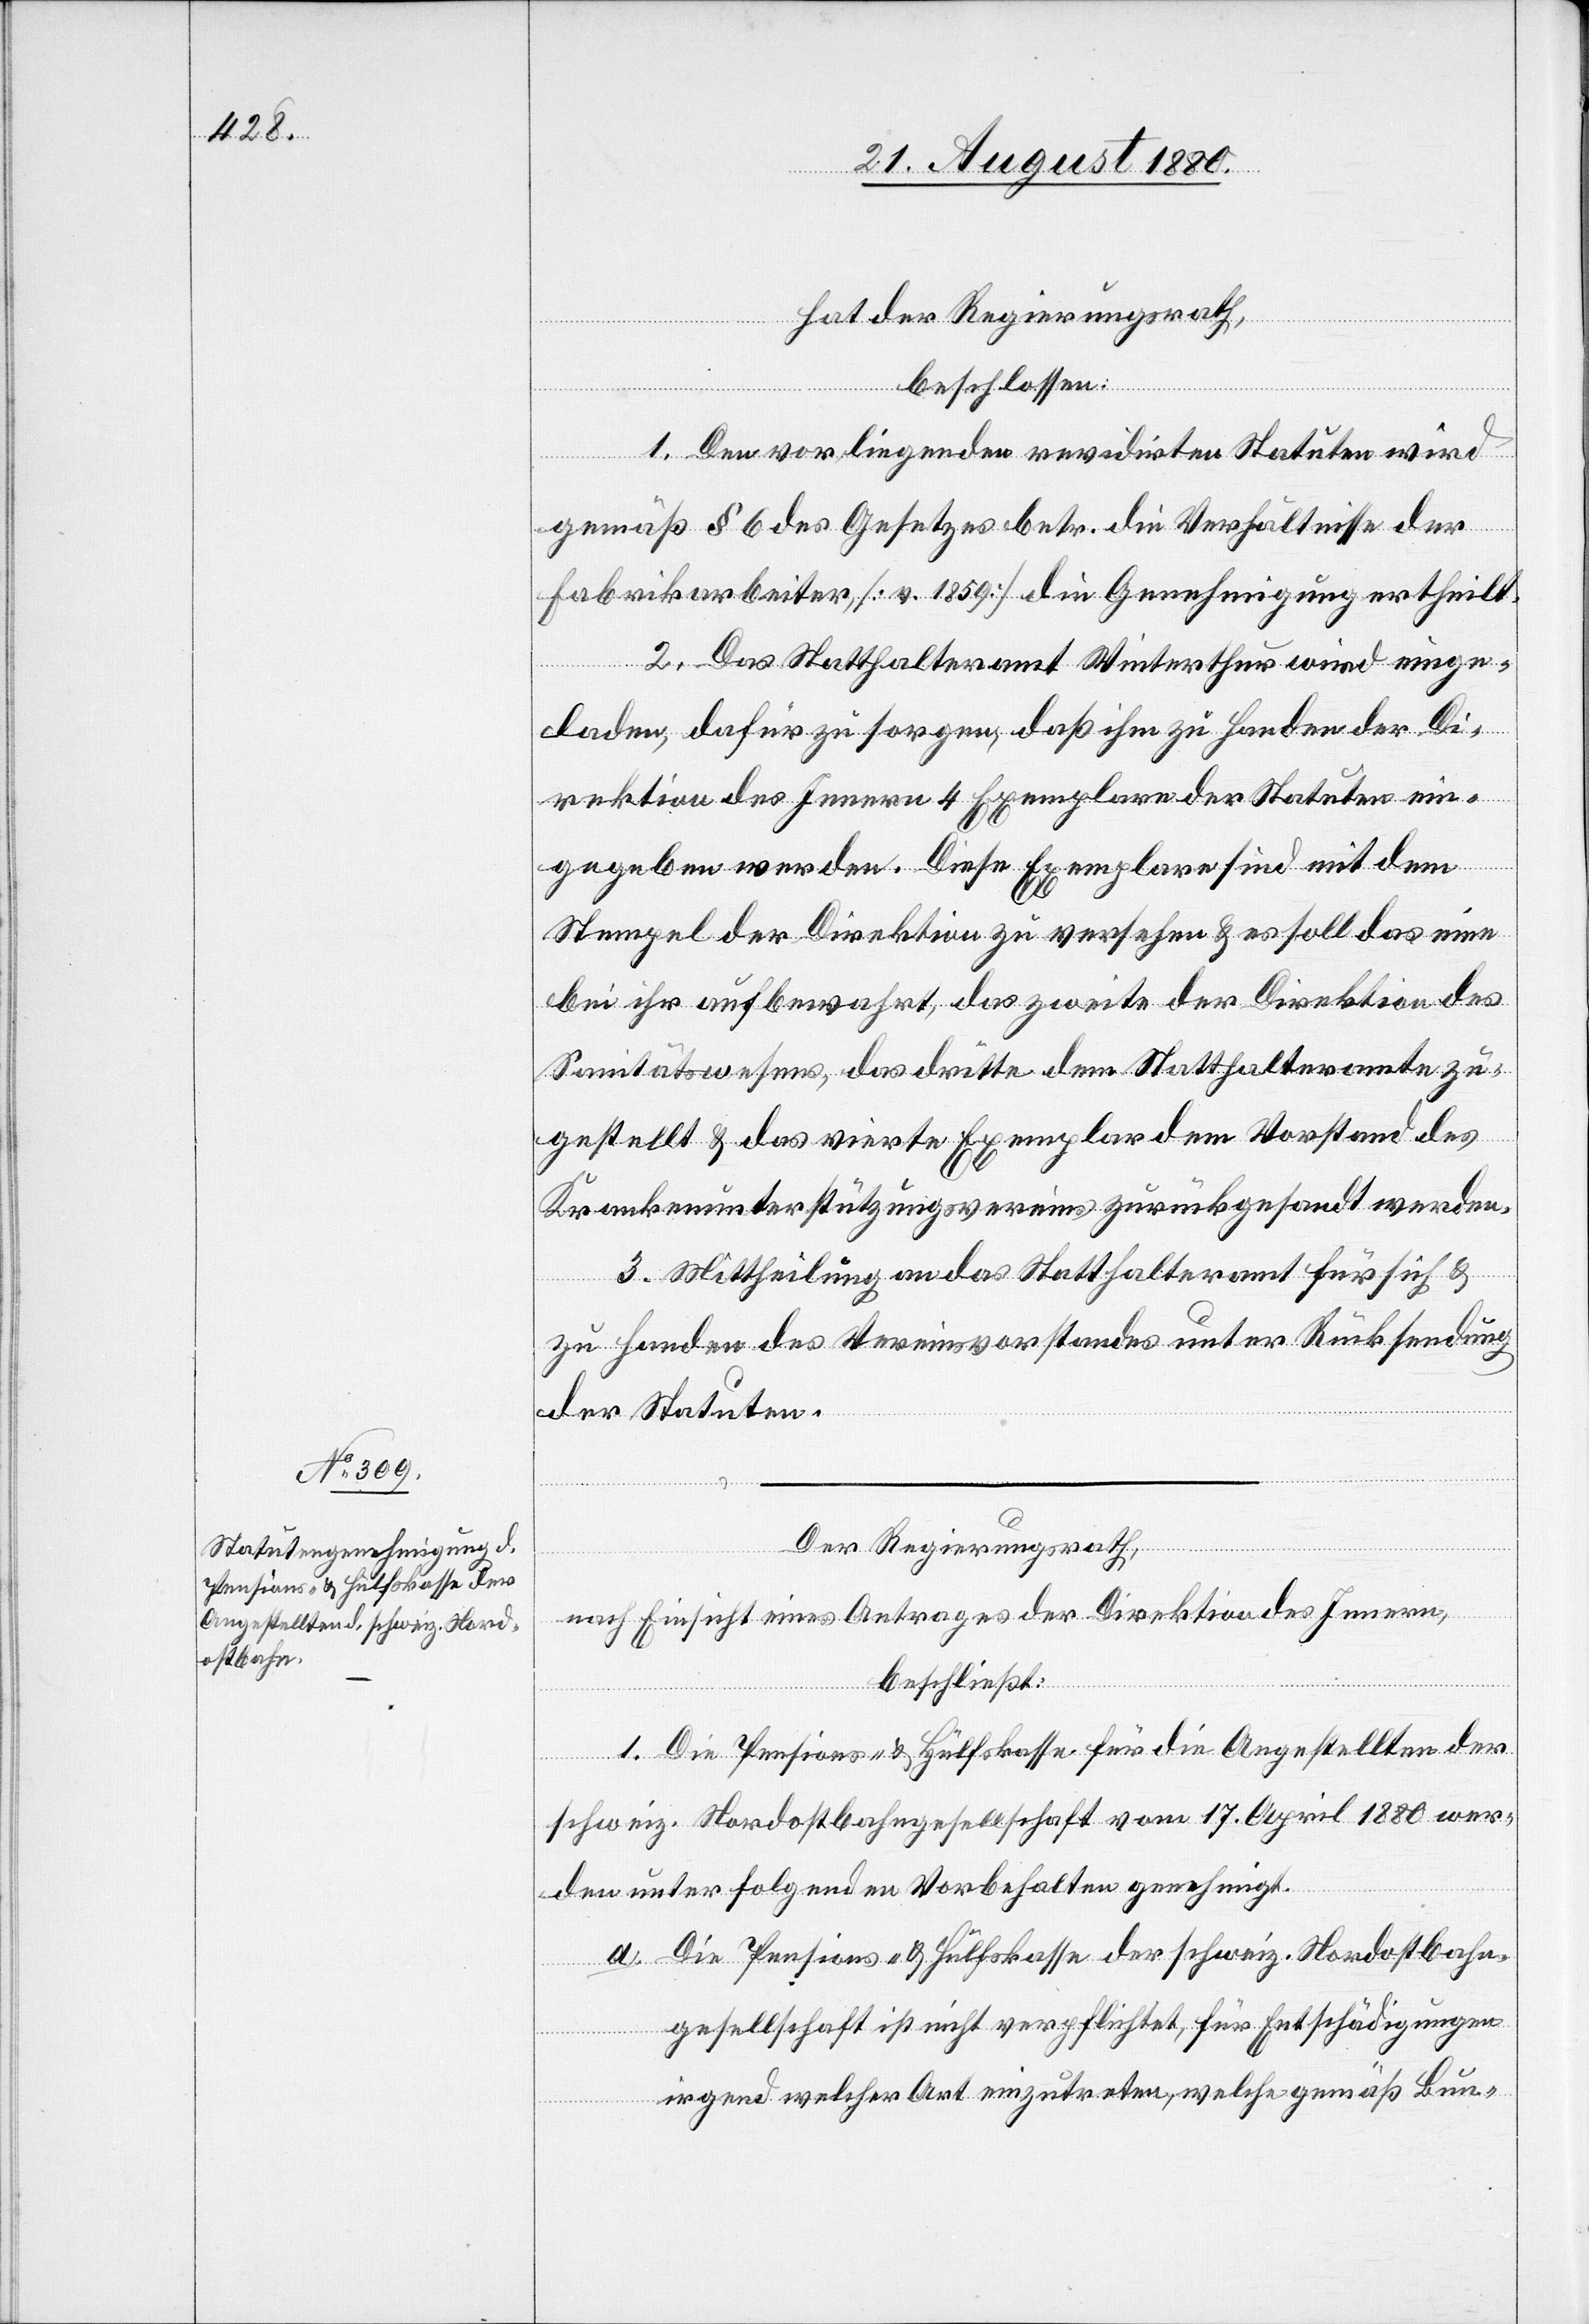
hat der Regierungsrath,
den
beschlossen:
1. Den vorliegenden revidirten Statuten wird
gemäß § 6 des Gesetzes betr. die Verhältnisse der
Fabrikarbeiter [v. 1859] die Genehmigung ertheilt.
2. Das Statthalteramt Winterthur wird einge¬
laden, dafür zu sorgen, daß ihm zu Handen der Di¬
rektion des Innern 4 Exemplare der Statuen ein¬
gegeben werden. Diese Exemplare sind mit dem
Stempel der Direktion zu versehen & es soll das eine
bei ihr aufbewahrt, das zweite der Direktion des
Sanitätswesens, das dritte dem Statthalteramte zu¬
gestellt & das vierte Exemplar dem Vorstand des
Krankenunterstützungsvereines zurückgesandt werden.
3. Mittheilung an das Statthalteramt für sich &
zu Handen des Vereinsvorstandes unter Rücksendung
der Statuten.
Der Regierungsrath,
nach Einsicht eines Antrages der Direktion des Innern,
beschließt:
1. Die Pensions- & Hülfskasse für die Angestellten der
schweiz. Nordostbahngesellschaft vom 17. April 1880 wer¬
unter folgenden Vorbehalten genehmigt.
a. Die Pensions- & Hülfskasse der schweiz. Nordostbahn¬
gesellschaft ist nicht verpflichtet, für Entschädigungen
irgend welcher Art einzutreten, welche gemäß Bun-